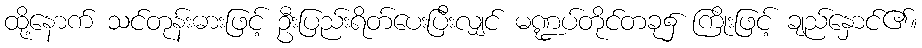
ထို့နောက် သင်တုန်းဓားဖြင့် ဦးပြည်းရိတ်ပေးပြီးလျှင် မဏ္ဍပ်တိုင်တခု၌ ကြိုးဖြင့် ချည်နှောင်၏။